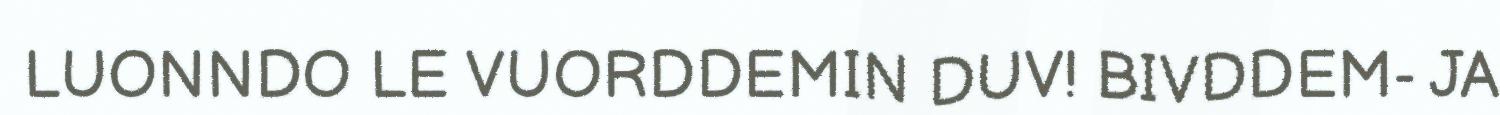
LUONNDO LE VUORDDEMIN DUV! BIVDDEM- JA